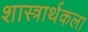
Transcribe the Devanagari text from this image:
शास्त्रार्थकला